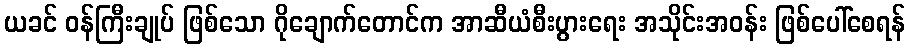
ယခင် ဝန်ကြီးချုပ် ဖြစ်သော ဂိုချောက်တောင်က အာဆီယံစီးပွားရေး အသိုင်းအဝန်း ဖြစ်ပေါ်စေရန်